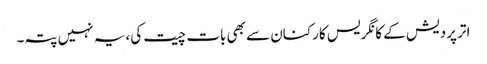
اتر پردیش کے کانگریس کارکنان سے بھی بات چیت کی، یہ نہیں پتہ۔